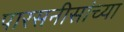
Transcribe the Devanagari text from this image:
पारसनीसांच्या